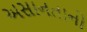
અસાનતાનો